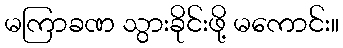
မကြာခဏ သွားခိုင်းဖို့ မကောင်း။